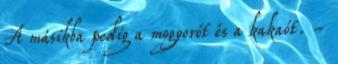
A másikba pedig a mogyorót és a kakaót. -